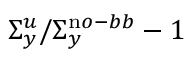
\Sigma _ { y } ^ { u } / \Sigma _ { y } ^ { \mathrm n o - b b } - 1